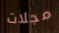
مجلات